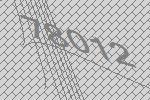
78012